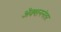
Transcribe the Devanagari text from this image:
अॅक्शननंतर